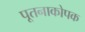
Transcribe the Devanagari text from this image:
पूतनाकोपक